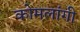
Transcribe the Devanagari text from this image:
कोमलांगी